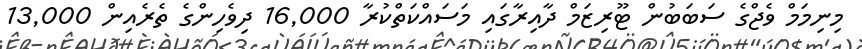
މިނިމަމް ވެޖްގެ ސަބަބުން ޓޫރިޒަމް ދާއިރާގައި މަސައްކަތްކުރާ 16